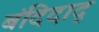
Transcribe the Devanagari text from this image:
बंदिदाद्